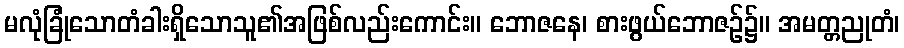
မလုံခြုံသောတံခါးရှိသောသူ၏အဖြစ်လည်းကောင်း။ ဘောဇနေ၊ စားဖွယ်ဘောဇဉ်၌။ အမတ္တညုတံ၊